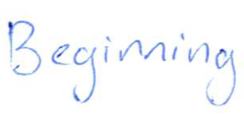
Text: Beginning
Cross-out: clean
Writing tool: ballpoint